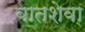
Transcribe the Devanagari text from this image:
बातशेवा